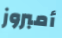
أمبروز